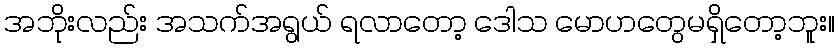
အဘိုးလည်း အသက်အရွယ် ရလာတော့ ဒေါသ မောဟတွေမရှိတော့ဘူး။